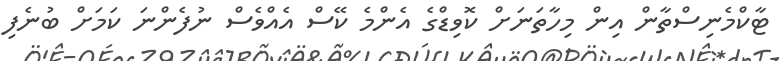
ޓާކްމެނިސްތާން އިން މިހާތަނަށް ކޮވިޑްގެ އެންމެ ކޭސް އެއްވެސް ނުފެންނަ ކަމަށް ބުނެފި